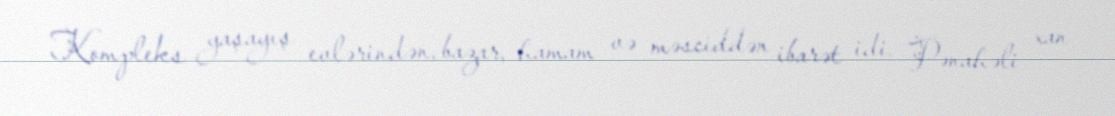
Kompleks yaşayış evlərindən, bazar, hamam və məsciddən ibarət idi. Pənahəli xan